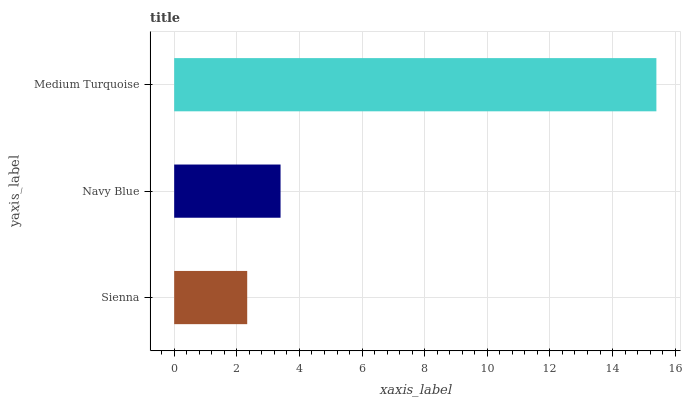
| yaxis_label | bars |
 | --- | --- |
 | Sienna | 2.33 |
 | Navy Blue | 3.4 |
 | Medium Turquoise | 15.4 |